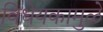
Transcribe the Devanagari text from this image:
विधेयकामुळे